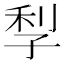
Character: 𡥬